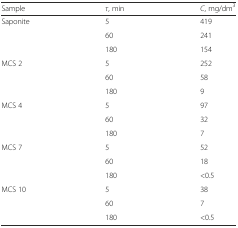
<table><thead><tr><td><b>Sample</b></td><td><b><i>τ</i>, min</b></td><td><b><i>C</i>, mg/dm<sup>3</sup></b></td></tr></thead><tbody><tr><td rowspan="3">Saponite</td><td>5</td><td>419</td></tr><tr><td>60</td><td>241</td></tr><tr><td>180</td><td>154</td></tr><tr><td rowspan="3">MCS 2</td><td>5</td><td>252</td></tr><tr><td>60</td><td>58</td></tr><tr><td>180</td><td>9</td></tr><tr><td rowspan="3">MCS 4</td><td>5</td><td>97</td></tr><tr><td>60</td><td>32</td></tr><tr><td>180</td><td>7</td></tr><tr><td rowspan="3">MCS 7</td><td>5</td><td>52</td></tr><tr><td>60</td><td>18</td></tr><tr><td>180</td><td>&lt;0.5</td></tr><tr><td rowspan="3">MCS 10</td><td>5</td><td>38</td></tr><tr><td>60</td><td>7</td></tr><tr><td>180</td><td>&lt;0.5</td></tr></tbody></table>